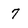
Character: 7